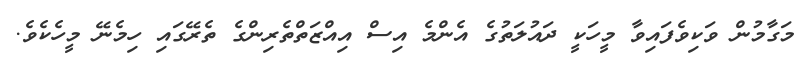
މަގާމުން ވަކިވެފައިވާ މީހަކީ ދައުލަތުގެ އެންމެ އިސް އިއްޒަތްތެރިންގެ ތެރޭގައި ހިމެނޭ މީހެކެވެ.